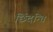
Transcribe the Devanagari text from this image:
छिंदन्ति